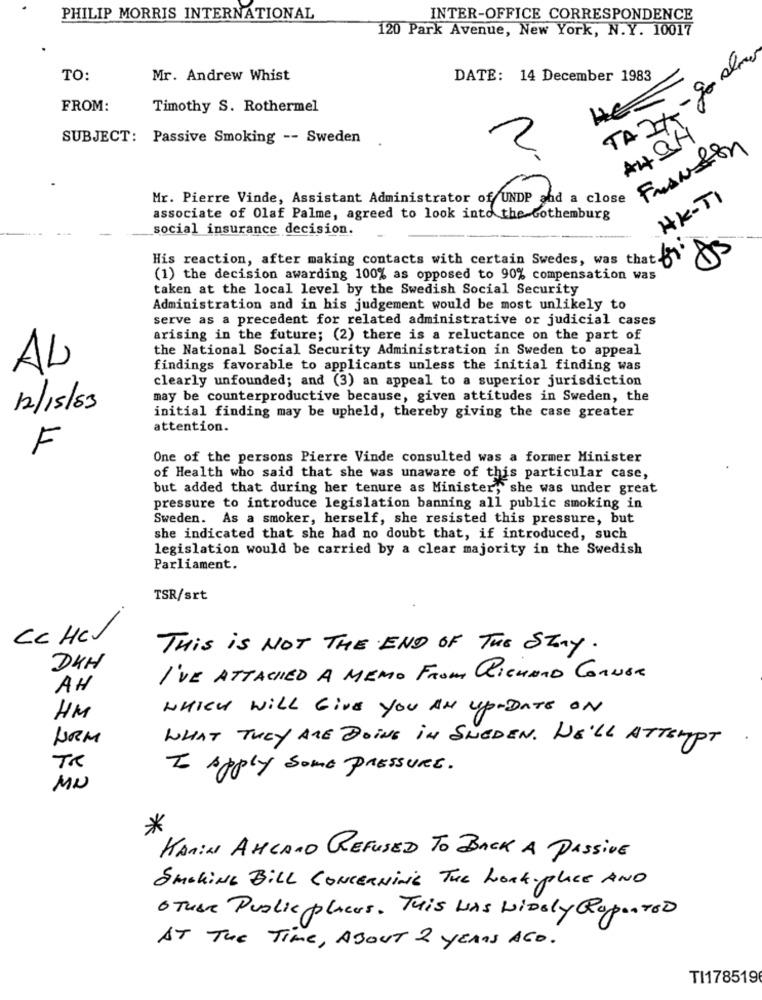
PHILIP MORRIS INTERNATIONAL
INTER-OFFICE CORRESPONDENCE
120 Park Avenue, New York, N.Y. 10017
- go store
TO:
Mr. Andrew Whist
DATE: 14 December 1983
FROM:
Timothy S. Rothermel
TA2+
SUBJECT: Passive Smoking -- Sweden
A49H
Franston
2
Mr. Pierre Vinde, Assistant Administrator of UNDP and a close
HK-TI
associate of Olaf Palme, agreed to look into the Gothenburg
social insurance decision.
His reaction, after making contacts with certain Swedes, was that "
(1) the decision awarding 100% as opposed to 90% compensation was
taken at the local level by the Swedish Social Security
Administration and in his judgement would be most unlikely to
serve as a precedent for related administrative or judicial cases
arising in the future; (2) there is a reluctance on the part of
the National Social Security Administration in Sweden to appeal
AL
findings favorable to applicants unless the initial finding was
clearly unfounded; and (3) an appeal to a superior jurisdiction
may be counterproductive because, given attitudes in Sweden, the
12/15/83
initial finding may be upheld, thereby giving the case greater
attention.
F
One of the persons Pierre Vinde consulted was a former Minister
of Health who said that she was unaware of this particular case,
but added that during her tenure as Minister, she was under great
pressure to introduce legislation banning all public smoking in
Sweden. As a smoker, herself, she resisted this pressure, but
she indicated that she had no doubt that, if introduced, such
legislation would be carried by a clear majority in the Swedish
Parliament.
TSR/srt
Cc HCV
THIS is NOT THE END OF THE STAY.
DKH
I'VE ATTACHED A MEMO FROM RICHARD CORNER
AH
WHICH WILL GIVE You AN up-DATE ON
HM
URM
WHAT THEY ARE DOING IN SWEDEN. WE'LL ATTEMPT
TR
I Apply Some PRESSURE.
MN
*
KARIN AHCAND REFUSED TO BACK A PASSIVE
Smoking Bill CONCERNING The Work place AND
OTHER Public places. This HAS NiDEly RopeATED
AT THE Time , ABOUT 2 YEARS AGO.
TI178519